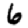
Digit: 6